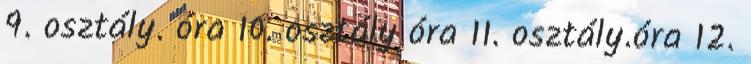
9. osztály. óra 10. osztály óra 11. osztály.óra 12.